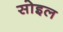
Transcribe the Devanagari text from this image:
सोइल